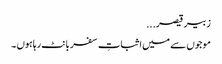
زبیر قیصر...
موجوں سے میں اثباتِ سفر بانٹ رہاہوں ۔